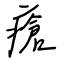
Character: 瘡